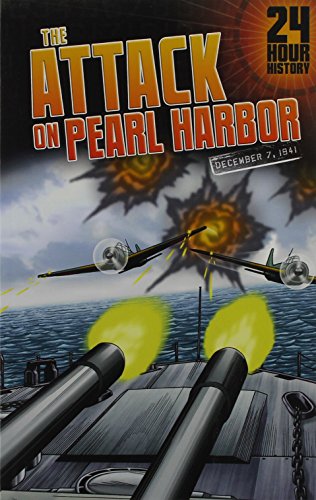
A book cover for The Attack on Pearl Harbor: December 7, 1941 (24-Hour History); Nel Yomtov; Children's Books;